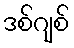
ဒစ်ဂျစ်